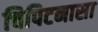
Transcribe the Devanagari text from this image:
चिपिटनासा